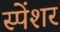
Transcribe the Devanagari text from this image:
स्पेंशर